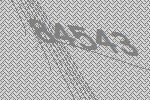
84543